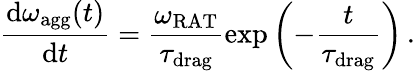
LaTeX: \frac{\mathrm{d}\omega_{\mathrm{agg}}(t)}{\mathrm{d}t}=\frac{\omega_{\mathrm{RAT}}}{\tau_{\mathrm{drag}}}\exp\left(-\frac{t}{\tau_{\mathrm{drag}}}\right)\, .